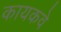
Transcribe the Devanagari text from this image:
कायकवे